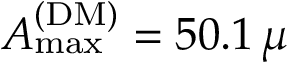
A _ { \mathrm { m a x } } ^ { \mathrm { ( D M ) } } = 5 0 . 1 \, \mu